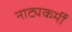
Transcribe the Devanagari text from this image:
नाट्यकर्मीं